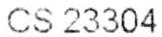
CS 23304